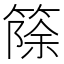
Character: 篨